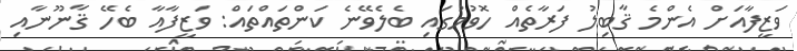
ވަޒީފާއަށް އެންމެ ޤާބިލު ފަރާތެއް ހޮވުމުގައި ބެލެވޭނެ ކަންތައްތައް: ވަޒީފާއާ ބެހޭ ޤާނޫނާއި